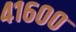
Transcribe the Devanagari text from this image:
४१६००